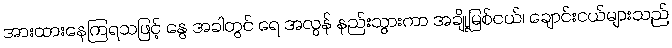
အားထားနေကြရသဖြင့် နွေ အခါတွင် ရေ အလွန် နည်းသွားကာ အချို့မြစ်ငယ်၊ ချောင်းငယ်များသည်